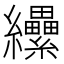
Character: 纝